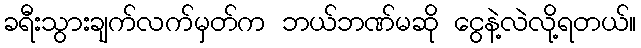
ခရီးသွားချက်လက်မှတ်က ဘယ်ဘဏ်မဆို ငွေနဲ့လဲလို့ရတယ်။